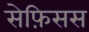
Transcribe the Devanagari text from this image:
सेफ़िसस